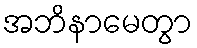
အဘိနာမေတွာ